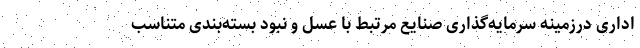
اداری درزمینهٔ سرمایه‌گذاری صنایع مرتبط با عسل و نبود بسته‌بندی متناسب